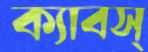
ক্যাবস্